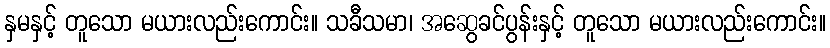
နှမနှင့် တူသော မယားလည်းကောင်း။ သခီသမာ၊ အဆွေခင်ပွန်းနှင့် တူသော မယားလည်းကောင်း။